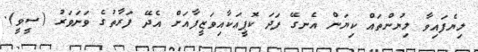
ލިޔެފައިވާ ލިޔުންތައް ކިޔަން އެނގޭ ފަދަ ކޮޕީއަކާއިވަޒީފާއަށް އެދޭ ފަރާތުގެ ވަނަވަރު (ސީވީ).